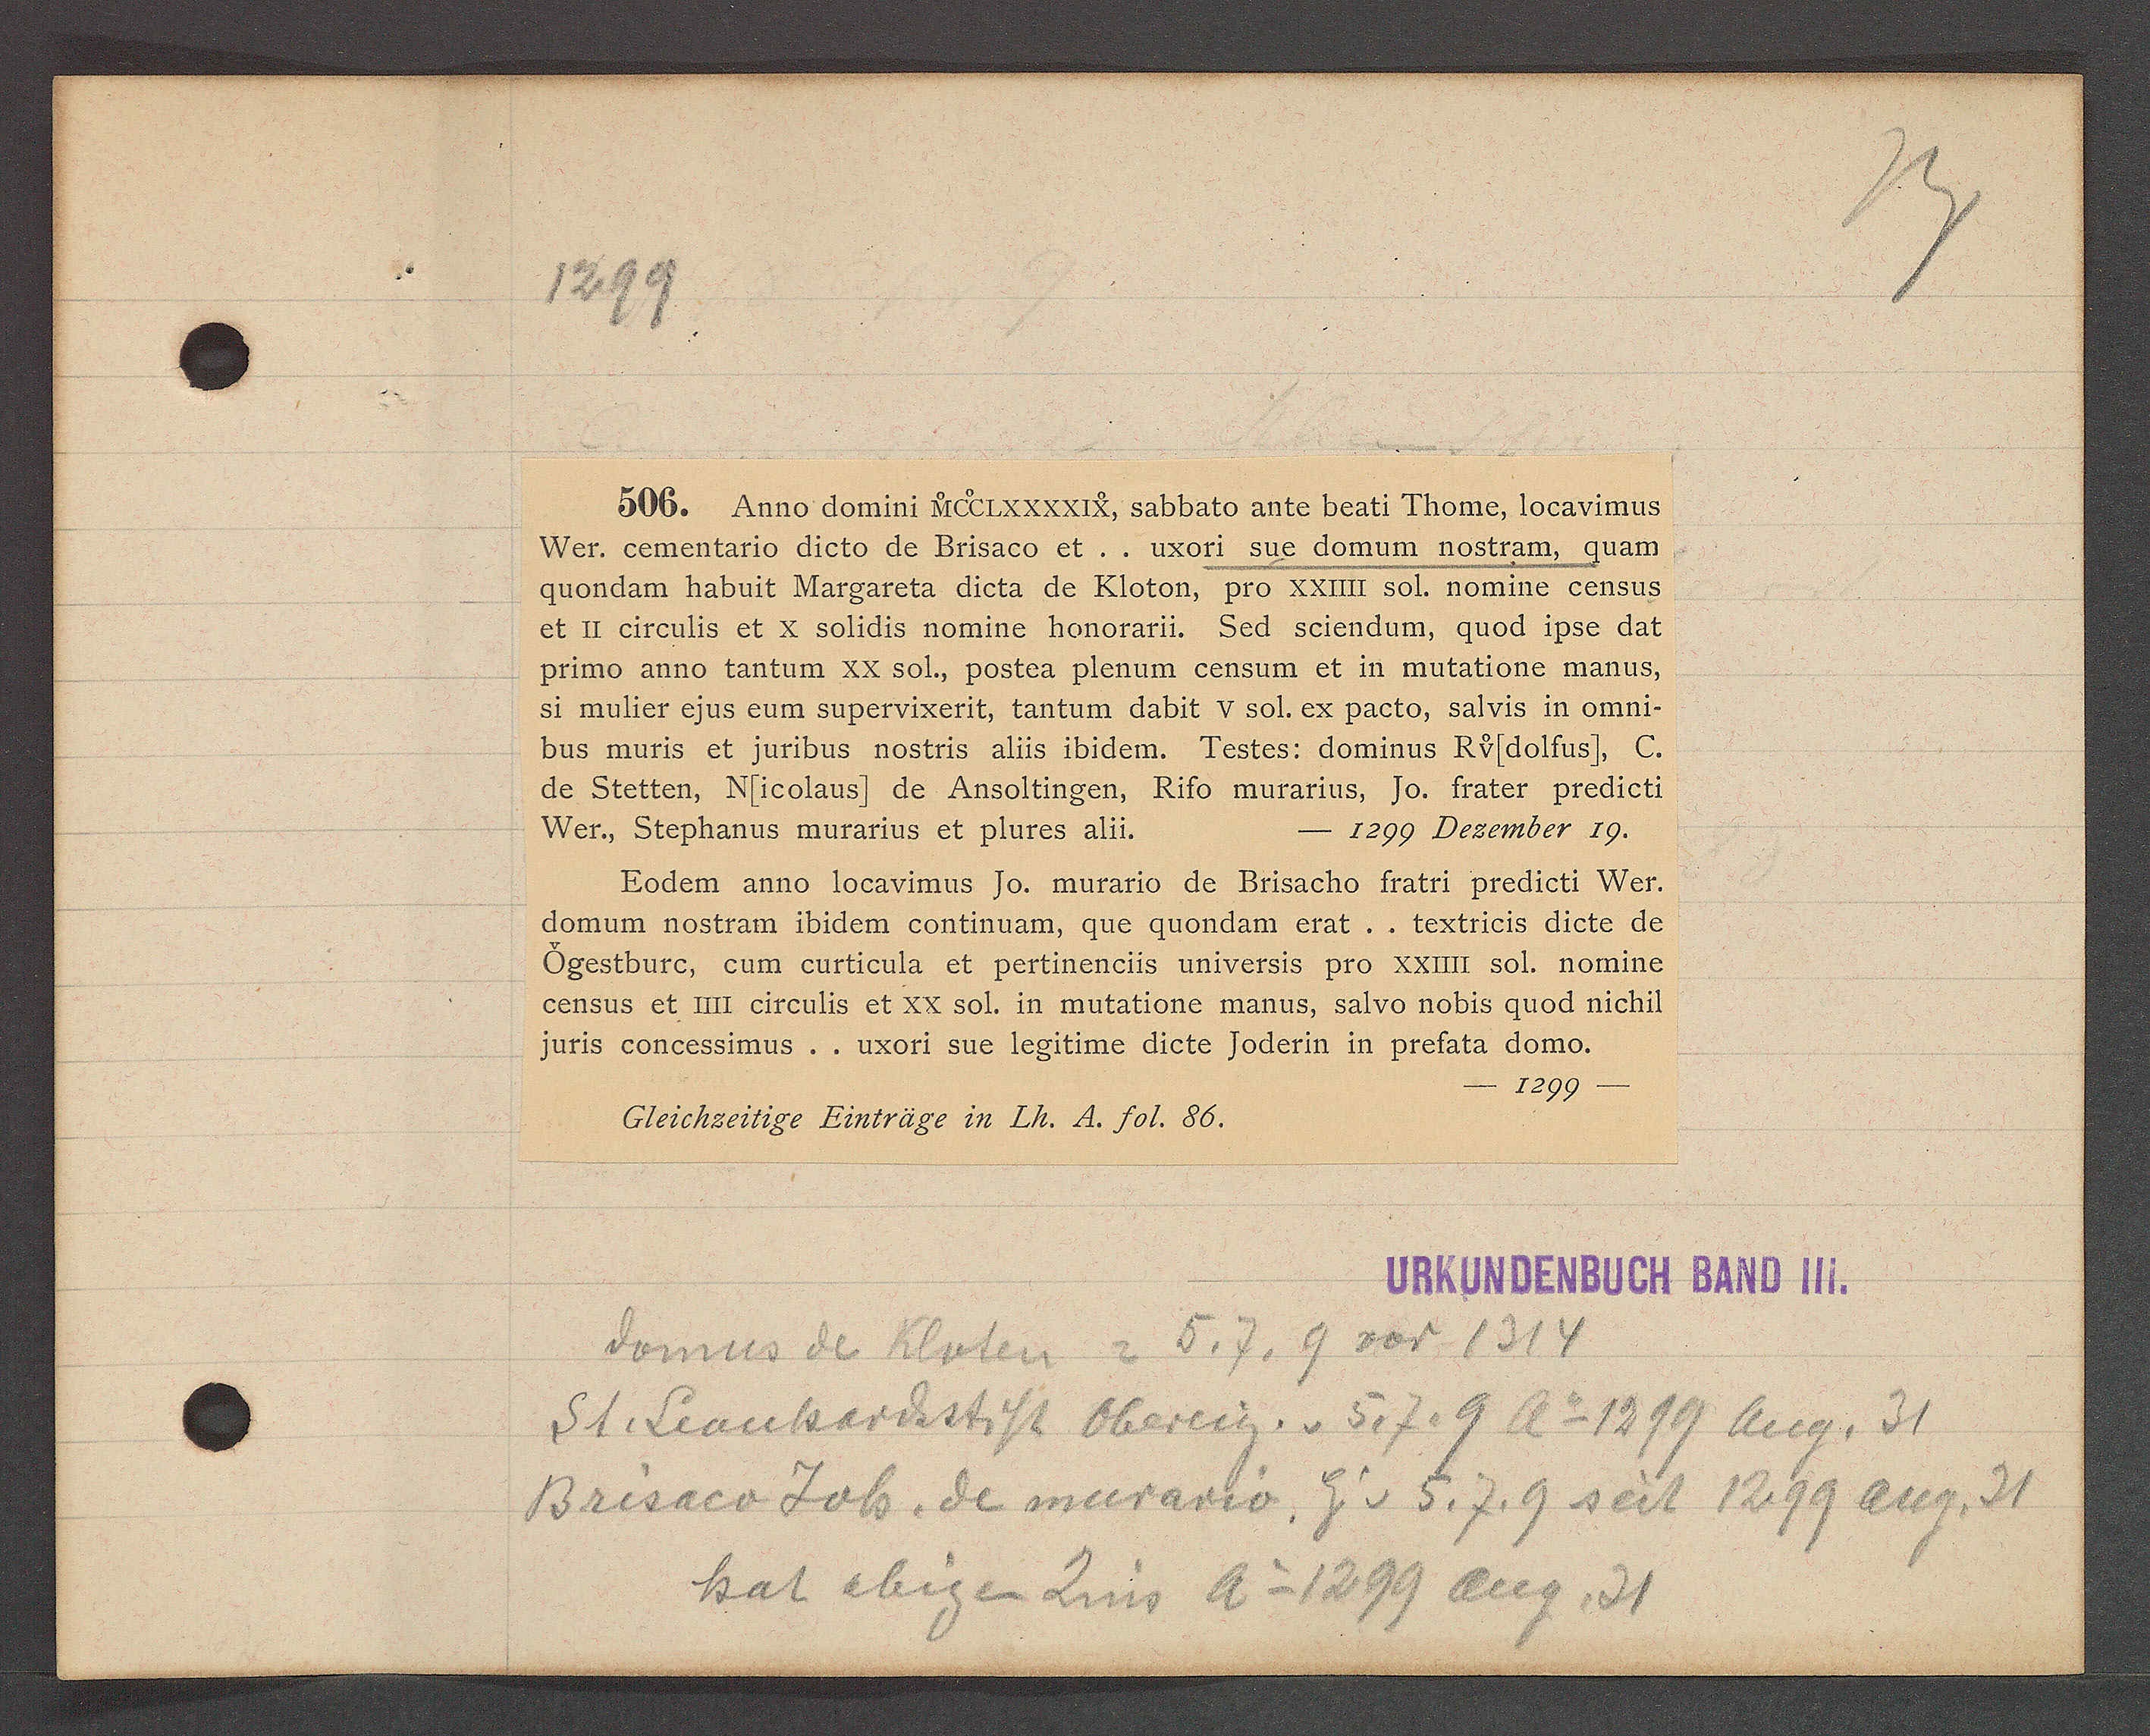
Transcript:
1499

Otb. Anno domni alirarali, sabbats ante beati Thome, Eocavimus
Wer: cementario dieto de Brisaco et.. urori sue demum nosttam, quam
Guondam habuit Margareta dieta de Gloton, pro Lilllt sol. nomine gensus
et I erentis et & solidis nemine henoraru. sed seiendum, guod ipse dat
primo anno lantum 22 sol, postea plenum gensum et in mülatione manus.
si mütier Jus zum supervirerit, lantum dabit v sol. ei pacte, salvis in omni¬
bus muris et Zuribus nostris alus ibidem, Festes: dominus Rofdollus), C.
de Steiten, Nficolaus) de Ansollingen, Rito murarius, jo. Frater predieti

1299 Desember 19.
Wer, Stephanus murarius et plures alis.
Rodem anno Locawimus 70. mürarie de Brisache Fratri predieti Wer¬
demum nostram ibidem continuam, gue guondam erat,,teitrics diete de
Ogestburg, eum eurtieula et pertineneus umiversts pro Rülit sol. nomine
gensus et Iit errentis et 22 sol. in mütatione manus, salvo nobis guod nichit
juris coneessimus,, urort sue legitime diete foderin in prehata domg.
1299
Gleicksertige Linträge in Ih. S. Jol. 86.
Nahuuochsvch Baud 1u.
Somus de hloten = 57. 9 sor 1314
St. Leanhardtstift Obereig. v 517.8 Ao 1899 bieg. 31
Brisaer Joh. de murariv, E v 3.7.9 seit 1299 Aieg. 21
hat ebeen Zins Ao 1499 bus. 31